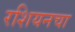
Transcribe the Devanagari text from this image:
रशियनचा